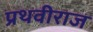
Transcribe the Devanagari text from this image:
प्रथवीराज